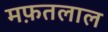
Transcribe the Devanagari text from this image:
मफ़तलाल